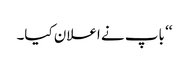
‘‘ باپ نے اعلان کیا۔